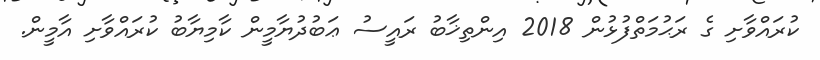
ކުރައްވާށި ގެ ރަޙުމަތްފުޅުން 2018 އިންތިޚާބު ރައީސު ޢަބުދުޔާމީން ކާމިޔާބު ކުރައްވާށި އާމީން.